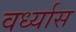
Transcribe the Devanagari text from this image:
वर्ध्यास